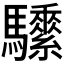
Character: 𩧖